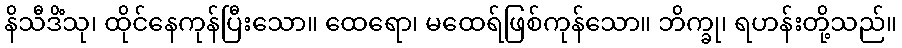
နိသီဒိံသု၊ ထိုင်နေကုန်ပြီးသော။ ထေရော၊ မထေရ်ဖြစ်ကုန်သော။ ဘိက္ခု၊ ရဟန်းတို့သည်။